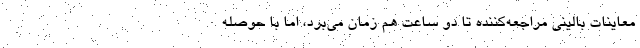
معاینات بالینی مراجعه‌کننده تا دو ساعت هم زمان می‌برد، اما با حوصله